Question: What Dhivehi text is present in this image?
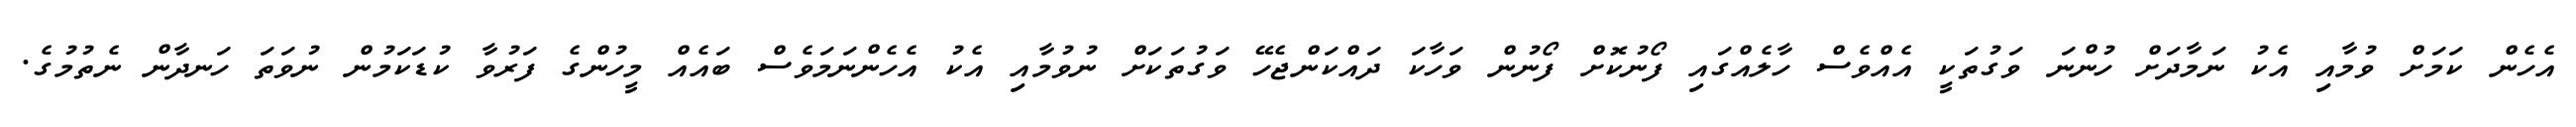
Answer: އެހެން ކަމަށް ވުމާއި އެކު ނަމާދަށް ހުންނަ ވަގުތަކީ އެއްވެސް ހާލެއްގައި ފޯނުކޮށް ފޯނުން ވަހާކަ ދައްކަންޖެހޭ ވަގުތަކަށް ނުވުމާއި އެކު އެހެންނަމަވެސް ބައެއް މީހުންގެ ފަރުވާ ކުޑަކަމުން ނުވަތަ ހަނދާން ނެތުމުގެ.